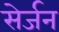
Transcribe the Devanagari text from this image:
सेर्जन